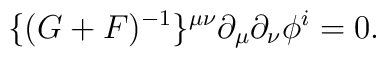
\{(G+F)^{-1}\}^{\mu\nu} \partial_\mu \partial_\nu \phi^i = 0.